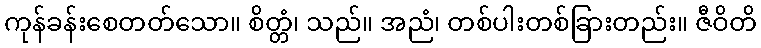
ကုန်ခန်းစေတတ်သော။ စိတ္တံ၊ သည်။ အညံ၊ တစ်ပါးတစ်ခြားတည်း။ ဇီဝိတိ